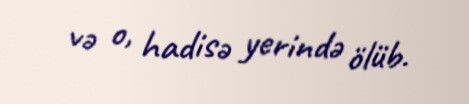
və o, hadisə yerində ölüb.